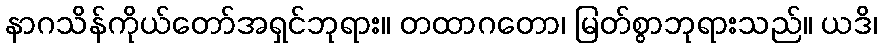
နာဂသိန်ကိုယ်တော်အရှင်ဘုရား။ တထာဂတော၊ မြတ်စွာဘုရားသည်။ ယဒိ၊